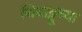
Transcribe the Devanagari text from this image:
थियाट्टूच्या